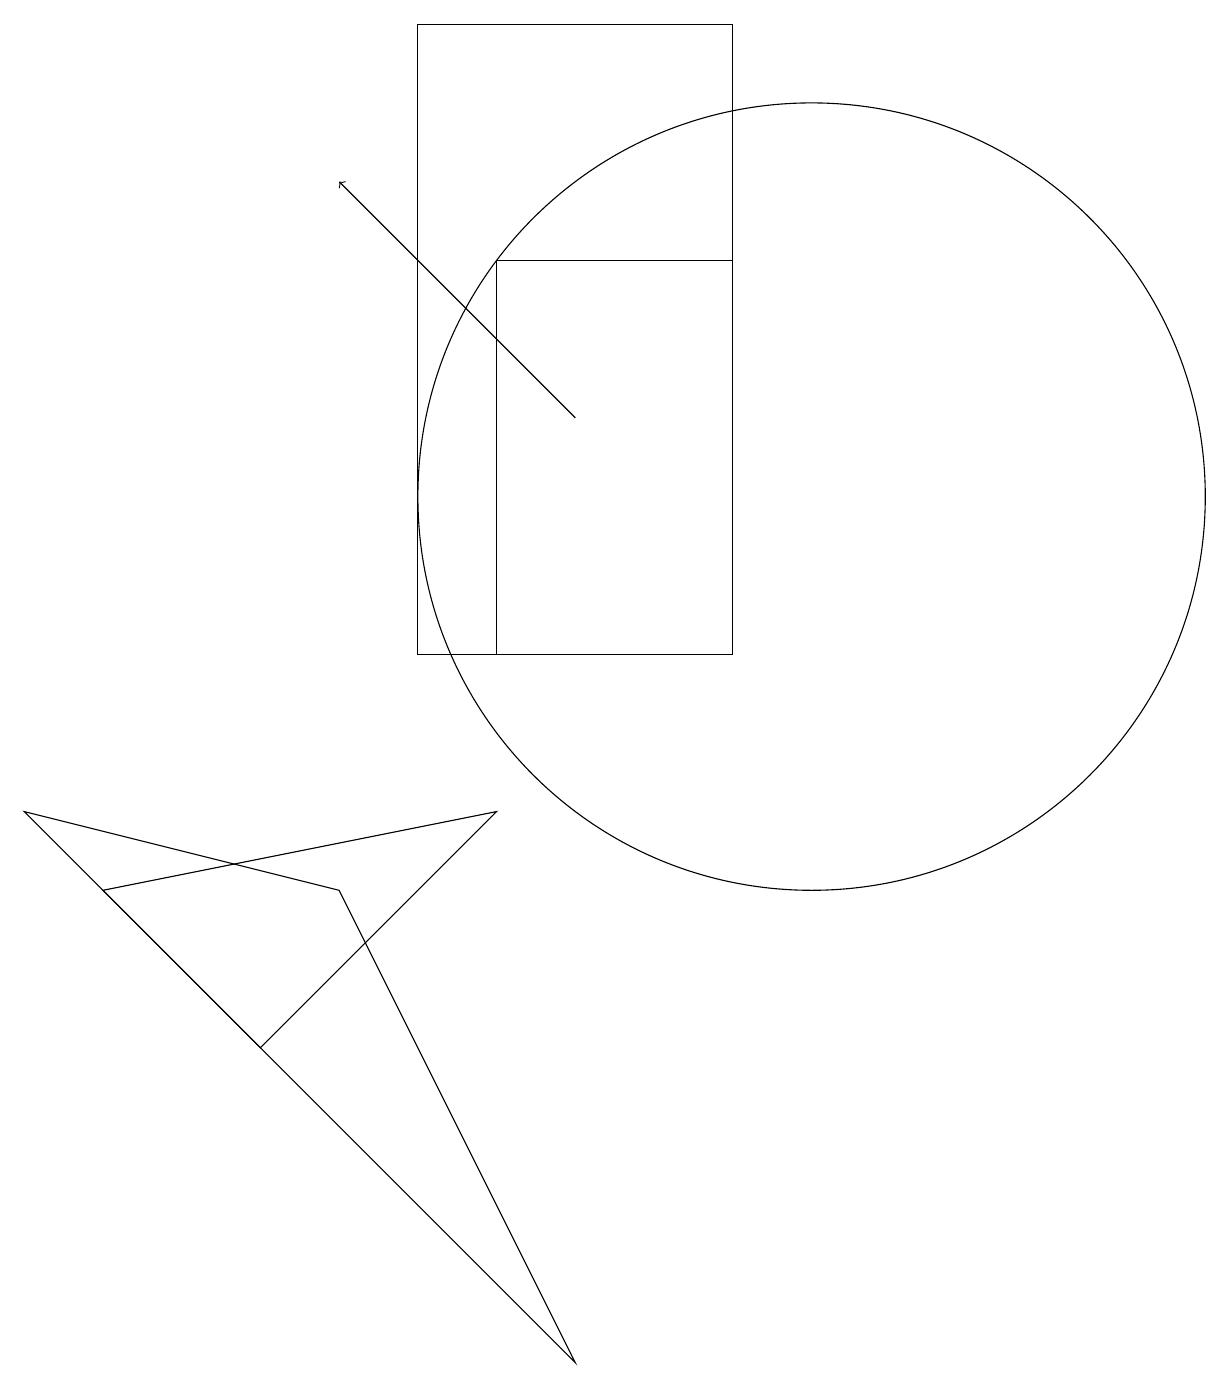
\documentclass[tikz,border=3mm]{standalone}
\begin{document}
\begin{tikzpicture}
\draw (10,12) circle (5);
\draw (6,8) -- (3,5) -- (1,7) -- cycle;
\draw (4,7) -- (7,1) -- (0,8) -- cycle;
\draw (6,10) rectangle (9,15);
\draw (5,10) rectangle (9,18);
\draw[->] (7,13) -- (4,16);
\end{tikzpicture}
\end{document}